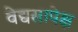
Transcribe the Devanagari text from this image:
वेद्यसापेक्ष